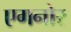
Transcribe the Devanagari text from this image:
एगनोर